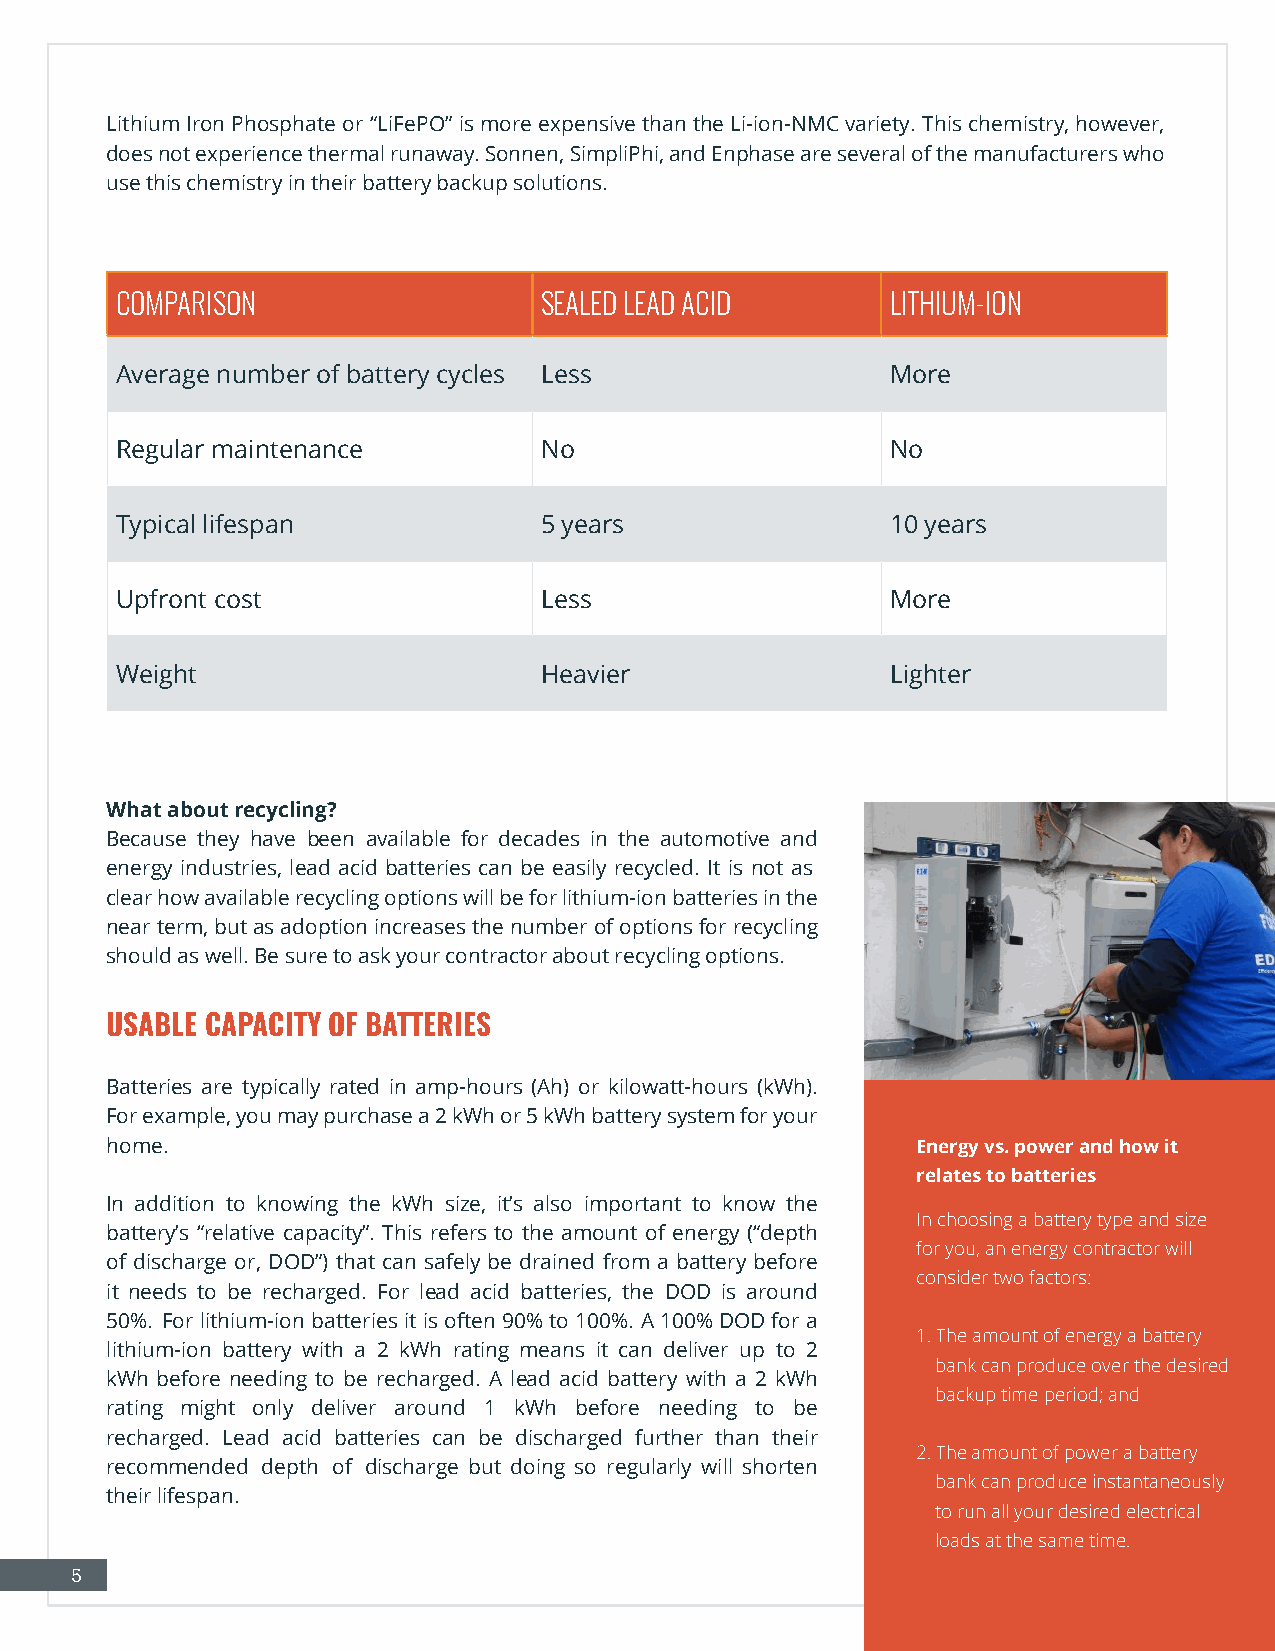
Lithium Iron Phosphate or “LiFePO” is more expensive than the Li-ion-NMC variety. This chemistry, however,
 does not experience thermal runaway. Sonnen, SimpliPhi, and Enphase are several of the manufacturers who
 use this chemistry in their battery backup solutions.
 COMPARISON                  SEALED LEAD ACID       LITHIUM-ION
 Average number of battery cycles Less              More
 Regular maintenance         No                     No
 Typical lifespan            5 years                10 years
 Upfront cost                Less                   More
 Weight                      Heavier                Lighter
 What about recycling?
 Because they have been available for decades in the automotive and
 energy industries, lead acid batteries can be easily recycled. It is not as
 clear how available recycling options will be for lithium-ion batteries in the
 near term, but as adoption increases the number of options for recycling
 should as well. Be sure to ask your contractor about recycling options.
 USABLE CAPACITY OF BATTERIES
 Batteries are typically rated in amp-hours (Ah) or kilowatt-hours (kWh).
 For example, you may purchase a 2 kWh or 5 kWh battery system for your
 home.                                                 Energy vs. power and how it
 relates to batteries
 In addition to knowing the kWh size, it’s also important to know the
 In choosing a battery type and size
 battery’s “relative capacity”. This refers to the amount of energy (“depth
 for you, an energy contractor will
 of discharge or, DOD”) that can safely be drained from a battery before
 consider two factors:
 it needs to be recharged. For lead acid batteries, the DOD is around
 50%. For lithium-ion batteries it is often 90% to 100%. A 100% DOD for a
 1.The amount of energy a battery
 lithium-ion battery with a 2 kWh rating means it can deliver up to 2
 bank can produce over the desired
 kWh before needing to be recharged. A lead acid battery with a 2 kWh
 backup time period; and
 rating might only deliver around 1 kWh before needing to be
 recharged. Lead acid batteries can be discharged further than their
 2.The amount of power a battery
 recommended depth of discharge but doing so regularly will shorten
 bank can produce instantaneously
 their lifespan.
 to run all your desired electrical
 loads at the same time.
 5